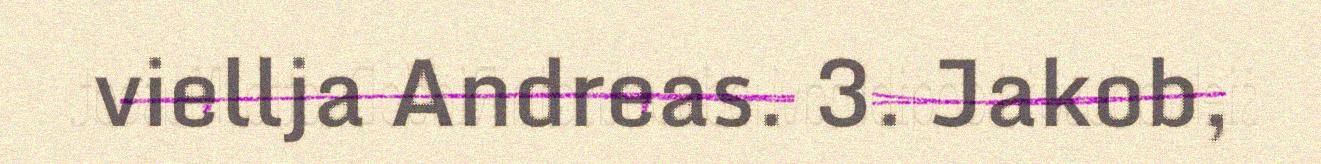
viellja Andreas. 3. Jakob,